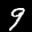
Label: 9